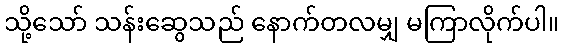
သို့သော် သန်းဆွေသည် နောက်တလမျှ မကြာလိုက်ပါ။